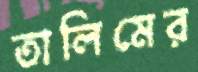
তালিমের